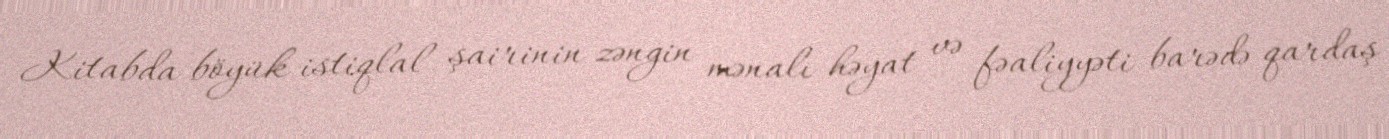
Kitabda böyük istiqlal şairinin zəngin mənalı həyat və fəaliyyəti barədə qardaş